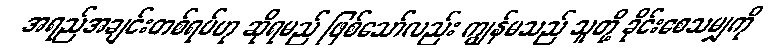
အရည်အချင်းတစ်ရပ်ဟု ဆိုရမည် ဖြစ်သော်လည်း ကျွန်မသည် သူတို့ ခိုင်းစေသမျှကို